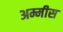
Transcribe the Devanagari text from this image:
अम्मीस